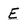
Character: E